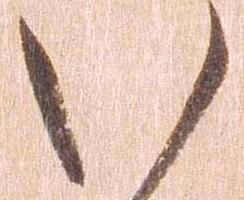
い